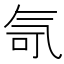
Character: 𪵤